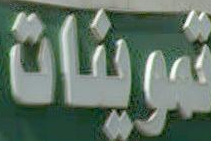
تموينات